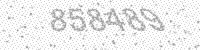
Solution: 858489